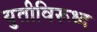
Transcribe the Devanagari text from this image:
युतीविरूध्द